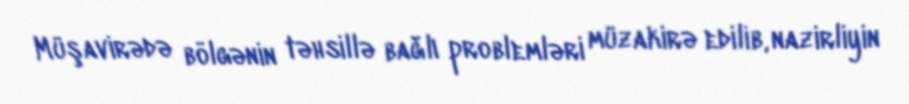
Müşavirədə bölgənin təhsillə bağlı problemləri müzakirə edilib, nazirliyin